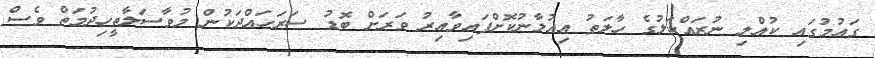
ގައުމުގައި ކުއްލި ނުރައްކަލުގެ ހާލަތު އިއުލާނުކޮށްފައިވާއިރު ވަރަށް ބޮޑު ސަރަހައްދަކުން މުވާސަލާތީހިދުމަތް ވެސް